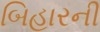
બિહારની